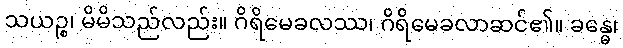
သယဉ္စ၊ မိမိသည်လည်း။ ဂိရိမေခလဿ၊ ဂိရိမေခလာဆင်၏။ ခန္ဓေ၊